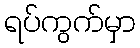
ရပ်ကွက်မှာ